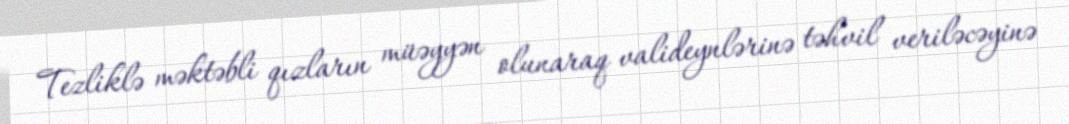
Tezliklə məktəbli qızların müəyyən olunaraq valideynlərinə təhvil veriləcəyinə